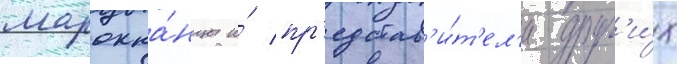
марокка́нцы и́ пр'едстав'и́т'ел'и друг'и́х